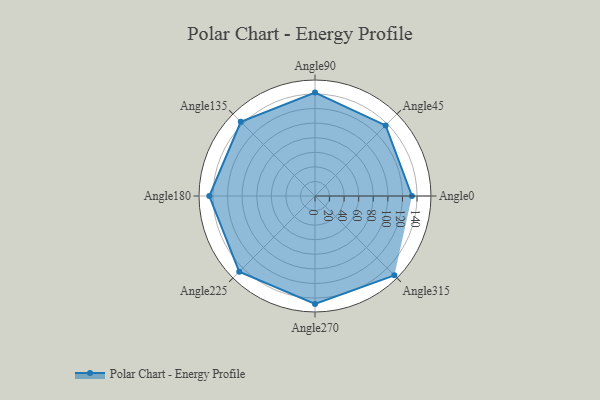
{"axis": {"x": "Angle", "y": "Radius"}, "legend": [""], "data": [{"x": "Angle0", "y": 133.0, "type": ""}, {"x": "Angle45", "y": 137.0, "type": ""}, {"x": "Angle90", "y": 142.0, "type": ""}, {"x": "Angle135", "y": 144.0, "type": ""}, {"x": "Angle180", "y": 145.0, "type": ""}, {"x": "Angle225", "y": 147.0, "type": ""}, {"x": "Angle270", "y": 148.0, "type": ""}, {"x": "Angle315", "y": 154.0, "type": ""}]}